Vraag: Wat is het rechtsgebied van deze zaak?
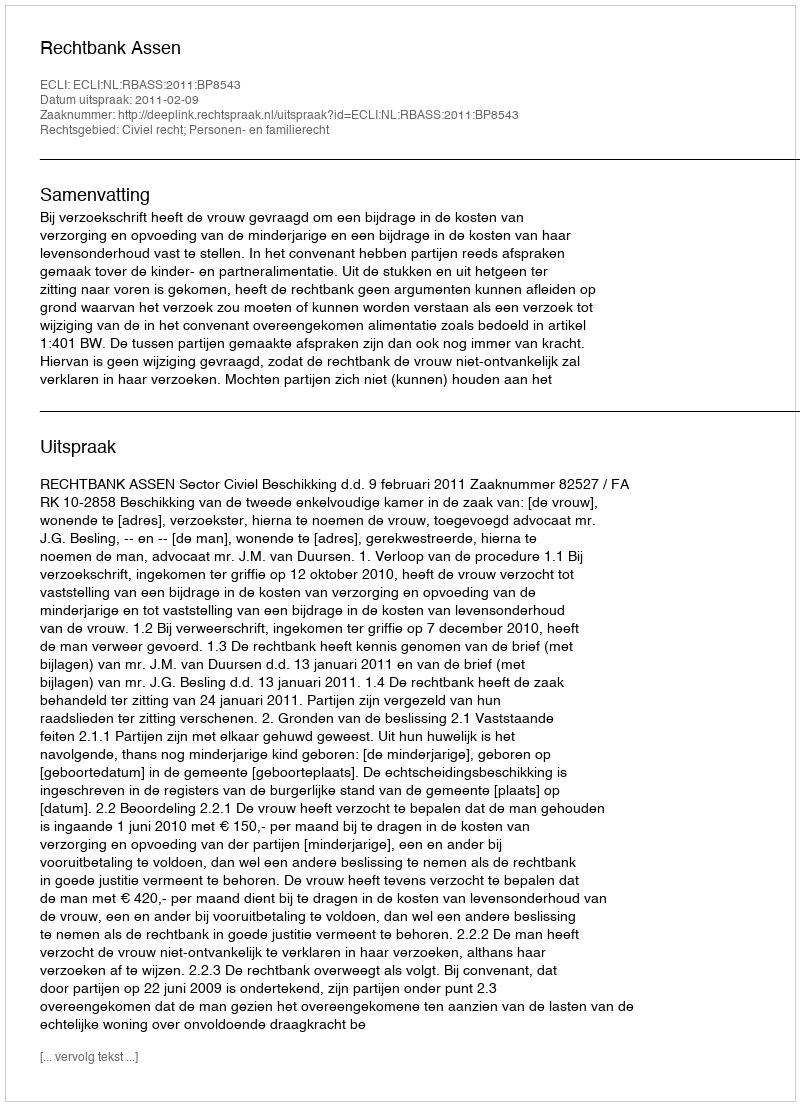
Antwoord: Civiel recht; Personen- en familierecht